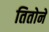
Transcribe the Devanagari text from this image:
तितोने